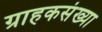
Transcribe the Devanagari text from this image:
ग्राहकसंख्या